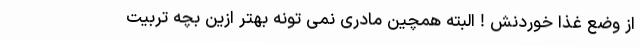
از وضع غذا خوردنش ! البته همچين مادرى نمى تونه بهتر ازين بچه تربيت